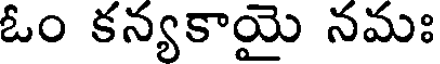
ఓం కన్యకాయై నమః